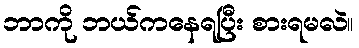
ဘာကို ဘယ်ကနေရပြီး စားရမလဲ။